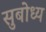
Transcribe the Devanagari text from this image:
सुबोध्य